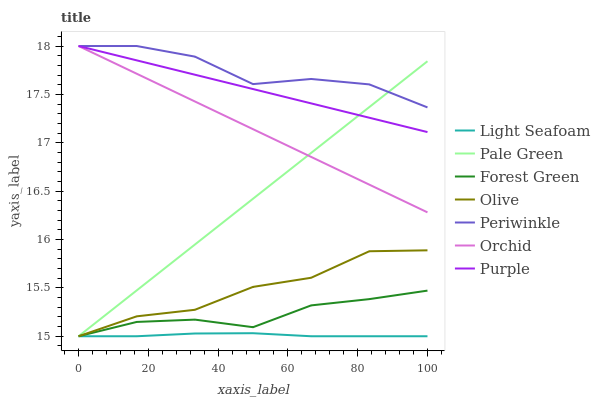
| xaxis_label | Light Seafoam | Pale Green | Forest Green | Olive | Periwinkle | Orchid | Purple |
 | --- | --- | --- | --- | --- | --- | --- | --- |
 | 0 | 15 | 15 | 15 | 15 | 18 | 18 | 18 |
 | 16.7 | 15 | 15.5 | 15.1 | 15.2 | 18 | 17.7 | 17.9 |
 | 33.3 | 15 | 15.9 | 15.2 | 15.3 | 17.9 | 17.4 | 17.7 |
 | 50 | 15 | 16.4 | 15.1 | 15.5 | 17.6 | 17.1 | 17.6 |
 | 66.7 | 15 | 16.9 | 15.3 | 15.6 | 17.7 | 16.9 | 17.4 |
 | 83.3 | 15 | 17.4 | 15.4 | 15.9 | 17.6 | 16.6 | 17.3 |
 | 100 | 15 | 17.8 | 15.5 | 15.9 | 17.4 | 16.3 | 17.1 |